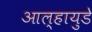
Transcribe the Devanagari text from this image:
आल्हायुडे